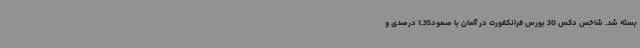
بسته شد. شاخص دکس 30 بورس فرانکفورت در آلمان با صعود1.35 درصدی و